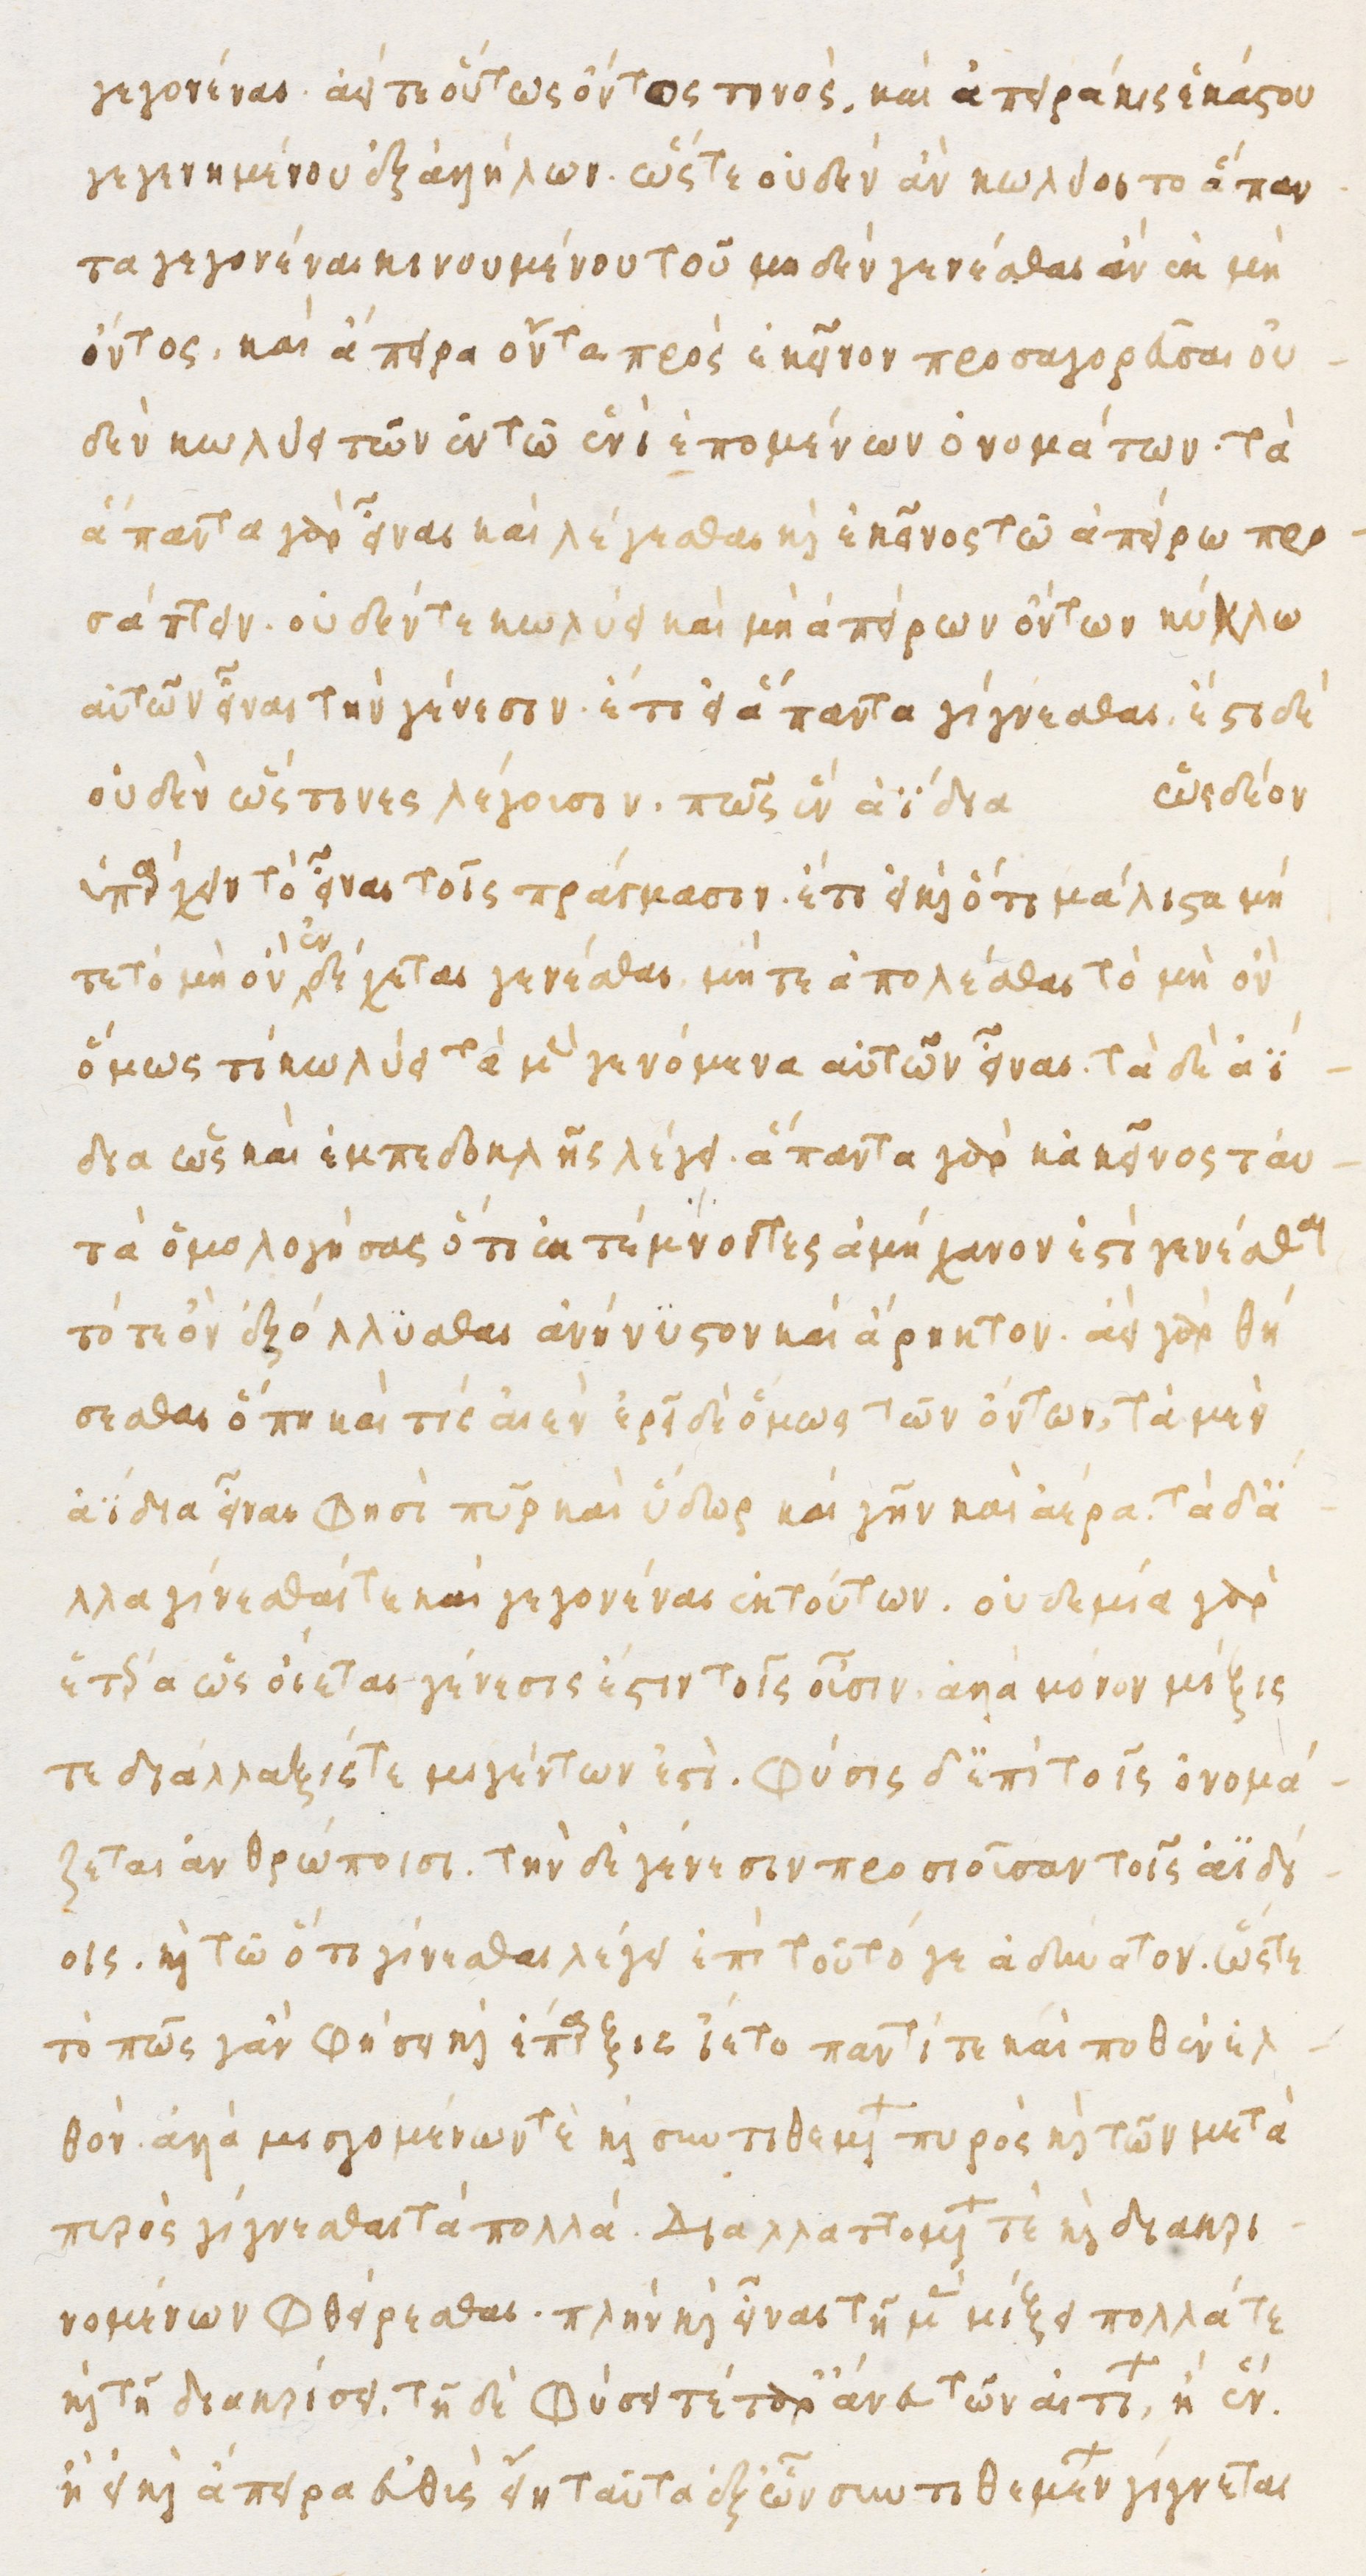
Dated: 1480–1497